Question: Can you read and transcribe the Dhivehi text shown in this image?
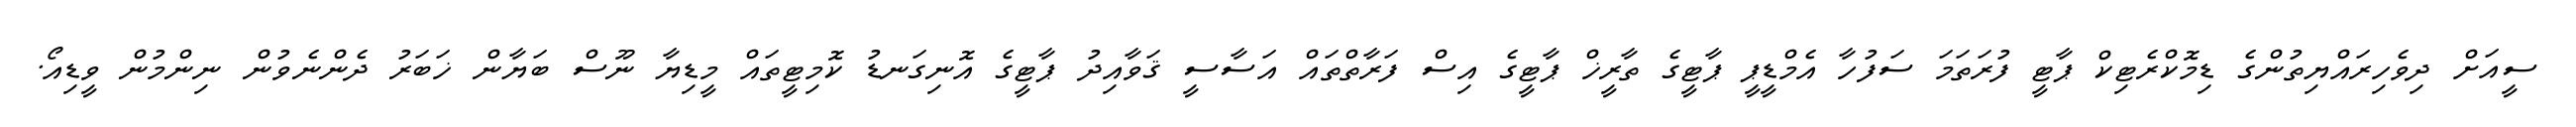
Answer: ސީއަށް ދިވެހިރައްޔިތުންގެ ޑިމޮކްރެޓިކް ޕާޓީ ފުރަތަމަ ސަފުހާ އެމްޑީޕީ ޕާޓީގެ ތާރީޚް ޕާޓީގެ އިސް ފަރާތްތައް އަސާސީ ޤަވާއިދު ޕާޓީގެ އޮނިގަނޑު ކޮމިޓީތައް މީޑިޔާ ނޫސް ބަޔާން ޚަބަރު ދެންނެވުން ނިންމުން ވީޑިއޯ.